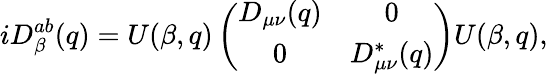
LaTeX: iD_{\beta}^{ab}(q)=U(\beta,q)\left(\begin{array}{cc}{{D_{\mu\nu}(q)}}&{{0}}\\ {{0}}&{{D_{\mu\nu}^{*}(q)}}\end{array}\right)U(\beta,q),